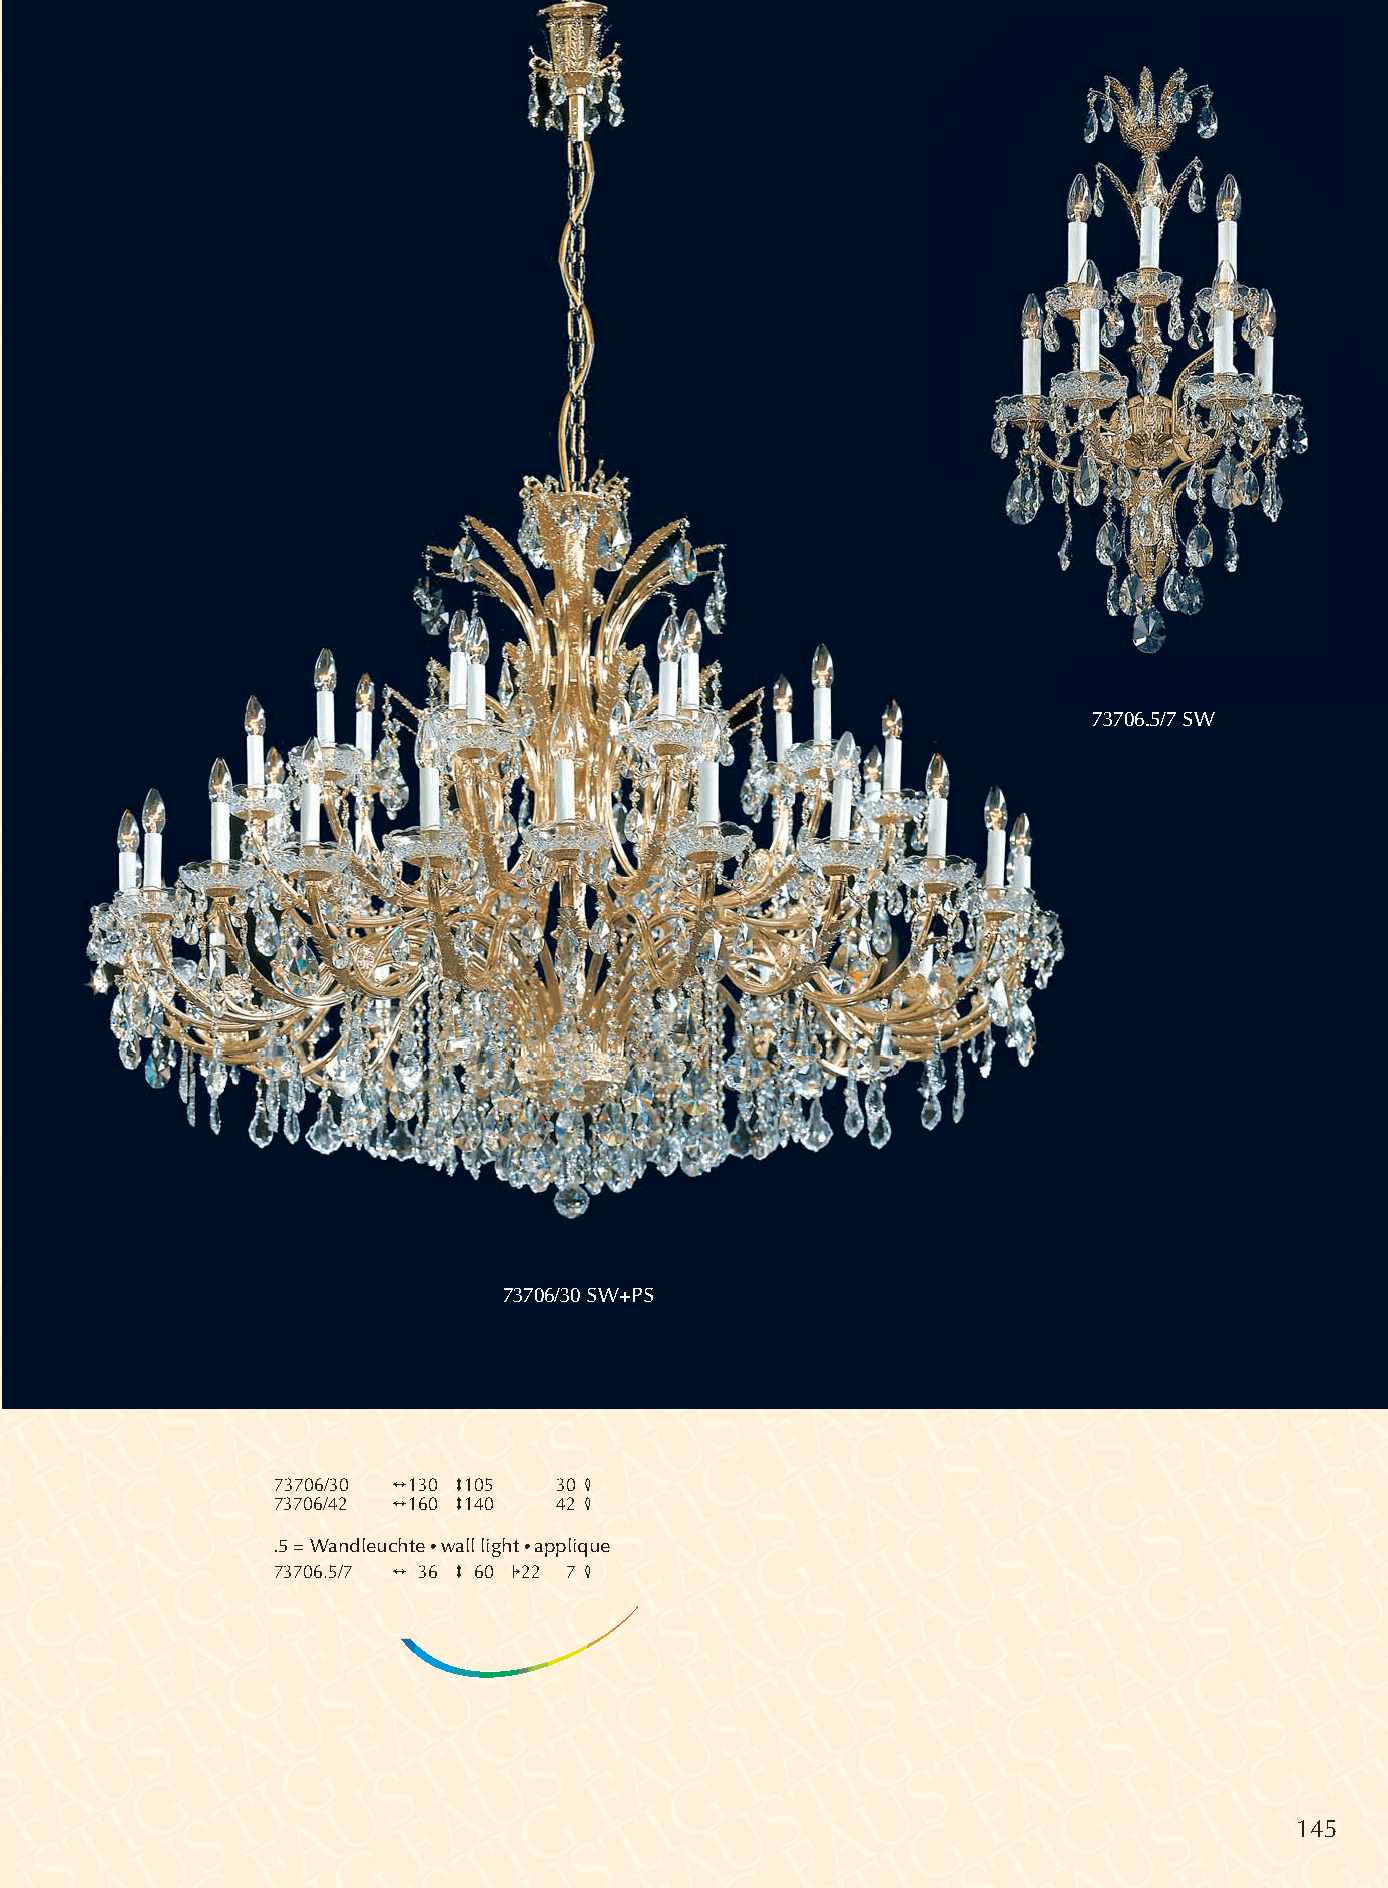
73706.5/7 SW
 73706/30 SW+PS
 73706/30 2130 3105 30 4
 73706/42 2160 3140 42 4
 .5 = Wandleuchte •wall light •applique
 73706.5/7 2 36 3 60 122 7 4
 145